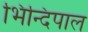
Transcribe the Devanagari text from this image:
भिन्दिपाल